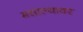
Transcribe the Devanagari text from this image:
मसाल्यावर